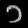
Digit: ၁